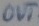
Text: OUT